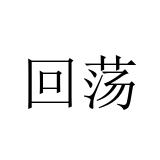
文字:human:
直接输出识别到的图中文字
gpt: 回荡